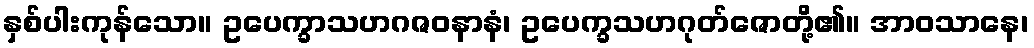
နှစ်ပါးကုန်သော။ ဥပေက္ခာသဟဂဇဝနာနံ၊ ဥပေက္ခသဟဂုတ်ဇောတို့၏။ အာဝသာနေ၊